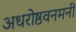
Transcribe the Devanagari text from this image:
अधरोष्ठवनमनी